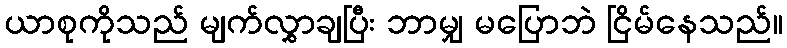
ယာစုကိုသည် မျက်လွှာချပြီး ဘာမျှ မပြောဘဲ ငြိမ်နေသည်။